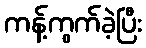
ကန့်ကွက်ခဲ့ပြီး